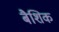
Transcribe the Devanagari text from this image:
बैशिक